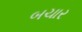
બચાર